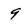
Character: 9